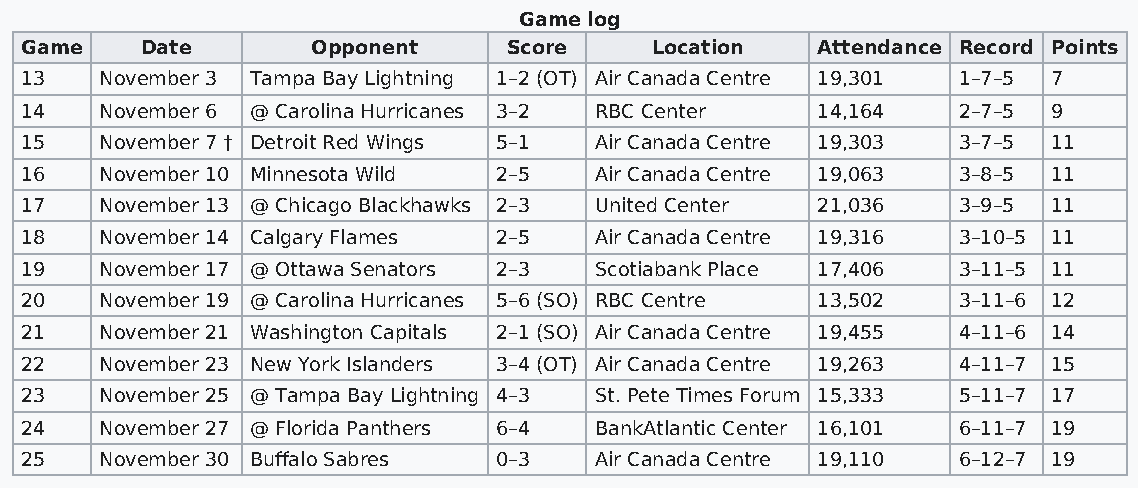
Game log
 Game    Date        Opponent     Score    Location   Attendance Record Points
 13    November 3 Tampa Bay Lightning 1–2 (OT) Air Canada Centre 19,301 1–7–5 7
 14    November 6 @ Carolina Hurricanes 3–2 RBC Center 14,164  2–7–5  9
 15    November 7 † Detroit Red Wings 5–1 Air Canada Centre 19,303 3–7–5 11
 16    November 10 Minnesota Wild 2–5  Air Canada Centre 19,063 3–8–5 11
 17    November 13 @ Chicago Blackhawks 2–3 United Center 21,036 3–9–5 11
 18    November 14 Calgary Flames 2–5  Air Canada Centre 19,316 3–10–5 11
 19    November 17 @ Ottawa Senators 2–3 Scotiabank Place 17,406 3–11–5 11
 20    November 19 @ Carolina Hurricanes 5–6 (SO) RBC Centre 13,502 3–11–6 12
 21    November 21 Washington Capitals 2–1 (SO) Air Canada Centre 19,455 4–11–6 14
 22    November 23 New York Islanders 3–4 (OT) Air Canada Centre 19,263 4–11–7 15
 23    November 25 @ Tampa Bay Lightning 4–3 St. Pete Times Forum 15,333 5–11–7 17
 24    November 27 @ Florida Panthers 6–4 BankAtlantic Center 16,101 6–11–7 19
 25    November 30 Buffalo Sabres 0–3  Air Canada Centre 19,110 6–12–7 19